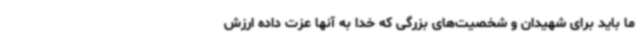
ما باید برای شهیدان و شخصیت‌های بزرگی که خدا به آنها عزت داده ارزش